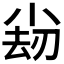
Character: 𡮊